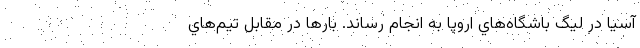
آسيا در ليگ باشگاه‌هاي اروپا به انجام رساند. بارها در مقابل تيم‌هاي